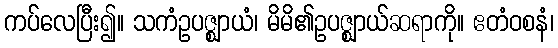
ကပ်လေပြီး၍။ သကံဥပဇ္ဈာယံ၊ မိမိ၏ဥပဇ္ဈာယ်ဆရာကို။ ဧတံဝစနံ၊